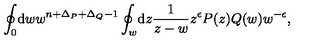
\oint _ { 0 } \! \mathrm { d } w w ^ { n + \Delta _ { P } + \Delta _ { Q } - 1 } \oint _ { w } \! \mathrm { d } z \frac { 1 } { z - w } z ^ { \epsilon } P ( z ) Q ( w ) w ^ { - \epsilon } ,